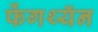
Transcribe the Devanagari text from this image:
फेंगथ्यॅन